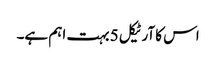
اس کا آرٹیکل 5 بہت اہم ہے۔